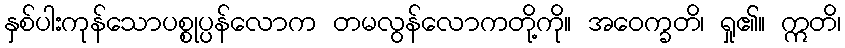
နှစ်ပါးကုန်သောပစ္စုပ္ပန်လောက တမလွန်လောကတို့ကို။ အဝေက္ခတိ၊ ရှု၏။ ဣတိ၊